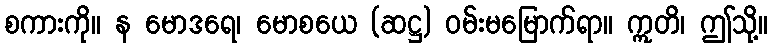
စကားကို။ န မောဒရေ၊ မောစယေ (ဆဋ္ဌ) ဝမ်းမမြောက်ရာ။ ဣတိ၊ ဤသို့။